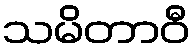
သမိတာဝီ